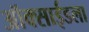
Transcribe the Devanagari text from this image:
ऑक्साईडला